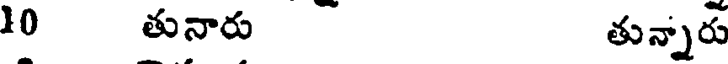
10 తునారు తున్నారు